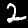
Label: 2